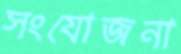
সংযোজনা